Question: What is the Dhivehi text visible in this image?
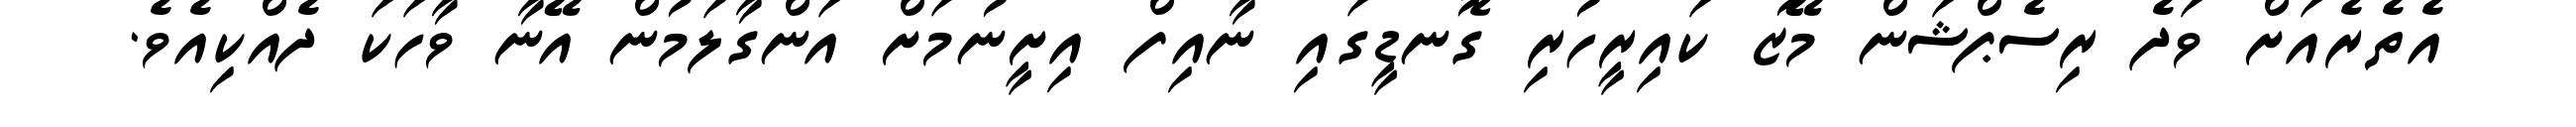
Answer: އެތެރެއަށް ވަދެ ރިސެޕްޝަން މޭޒު ކައިރީހުރި ގޮނޑީގައި ނާއިފް އިށީނުމަށް އަންގާލަމުން އޭނާ ވާހަކަ ދެއްކިއެވެ.